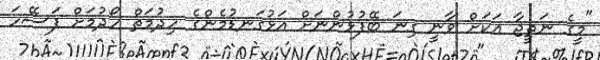
"މީގެ ނަތީޖާ އަކަށް ވާނީ ގިނަ ބޭފުޅުންނަށް އަޅުގަނޑުމެންގެ ހިދުމަތް ހޯދުމަށް ފަސޭހަ